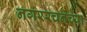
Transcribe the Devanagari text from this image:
नगररचनेच्या